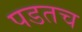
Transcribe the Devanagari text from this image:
पडतच